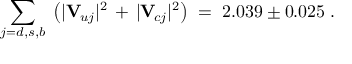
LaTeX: \sum _ { j = d , s , b } \; \left( | \mathbf { V } _ { \! u j } | ^ { 2 } \, + \, | \mathbf { V } _ { \! c j } | ^ { 2 } \right) \; = \; 2 . 0 3 9 \pm 0 . 0 2 5 \; .